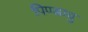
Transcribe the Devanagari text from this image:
पिण्डायु